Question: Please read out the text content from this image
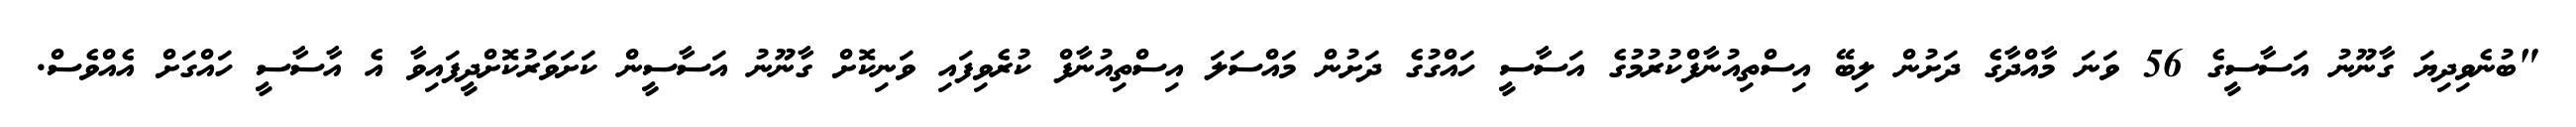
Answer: "ބުނެވިދިޔަ ގާނޫނު އަސާސީގެ 56 ވަނަ މާއްދާގެ ދަށުން ލިބޭ އިސްތިއުނާފްކުރުމުގެ އަސާސީ ހައްގުގެ ދަށުން މައްސަލަ އިސްތިއުނާފް ކުރެވިފައި ވަނިކޮށް ގާނޫނު އަސާސީން ކަށަވަރުކޮށްދީފައިވާ އެ އާސާސީ ހައްގަށް އެއްވެސް.